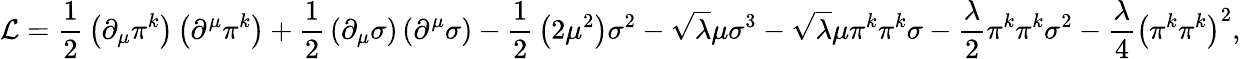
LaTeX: {\mathcal{L}}={\frac{1}{2}}\left(\partial_{\mu}\pi^{k}\right)\left(\partial^{\mu}\pi^{k}\right)+{\frac{1}{2}}\left(\partial_{\mu}\sigma\right)\left(\partial^{\mu}\sigma\right)-{\frac{1}{2}}\left(2\mu^{2}\right)\sigma^{2}-{\sqrt{\lambda}}\mu\sigma^{3}-{\sqrt{\lambda}}\mu\pi^{k}\pi^{k}\sigma-{\frac{\lambda}{2}}\pi^{k}\pi^{k}\sigma^{2}-{\frac{\lambda}{4}}\left(\pi^{k}\pi^{k}\right)^{2},